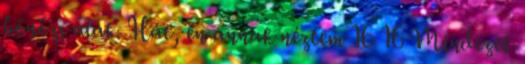
bőnözı alak. Hát, én annak néztem 16 16 Mindezek